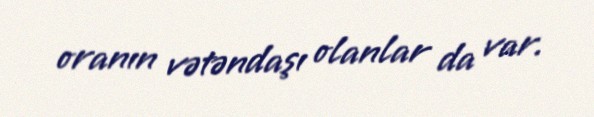
oranın vətəndaşı olanlar da var.